Annual report on the Civil Veterinary Department, Burma (including the Insein Veterinary School) - 1910-1922
Year: 1910
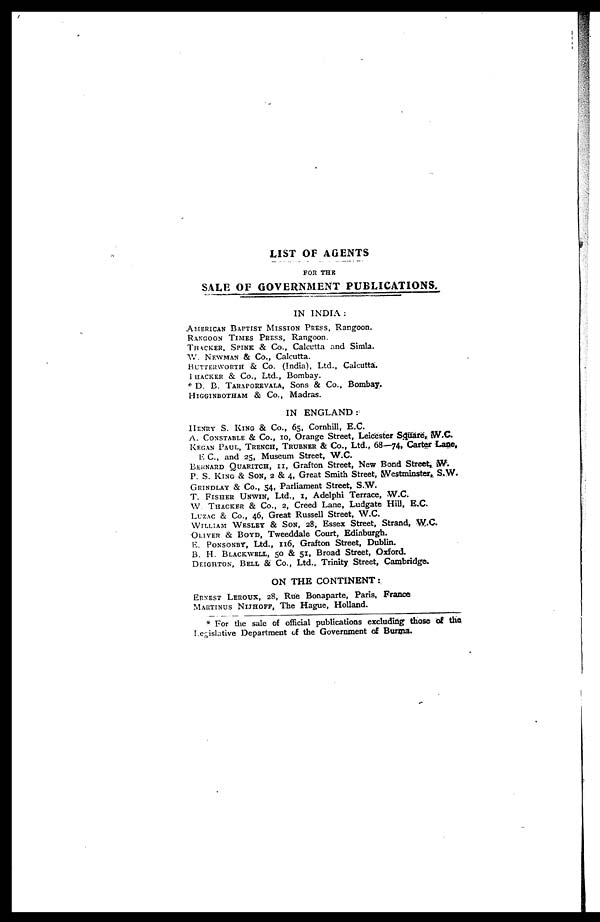
LIST OF AGENTS
FOR THE
SALE OF GOVERNMENT PUBLICATIONS.
IN INDIA:
AMERICAN BAPTIST MISSION PRESS, Rangoon.
RANGOON TIMES PRESS, Rangoon.
THACKER, SPINK & Co., Calcutta and Simla.
W. NEWMAN & Co., Calcutta.
BUTTERWORTH & Co. (India), Ltd., Calcutta.
THACKER & Co., Ltd., Bombay.
* D. B. TARAPOREVALA, Sons & Co., Bombay.
HIGGINBOTHAM & Co., Madras.
IN ENGLAND:
HENRY S. KING & Co., 65, Cornhill, E.C.
A. CONSTABLE & Co., 10, Orange Street, Leicester Square, W.C.
KEGAN PAUL, TRENCH, TRUBNER & Co., Ltd., 68—74, Carter Lane,
E C., and 25, Museum Street, W.C.
BERNARD QUARITCH, 11, Grafton Street, New Bond Street, W.
P. S. KING & SON, 2 & 4, Great Smith Street, Westminster, S.W.
GRINDLAY & Co., 54, Parliament Street, S.W.
T. FISHER UNWIN, Ltd., 1, Adelphi Terrace, W.C.
W. THACKER & Co., 2, Creed Lane, Ludgate Hill, E.C.
LUZAC & Co., 46, Great Russell Street, W.C.
WILLIAM WESLEY & Son, 28, Essex Street, Strand, W.C.
OLIVER & BOYD, Tweeddale Court, Edinburgh.
E. PONSONBY, Ltd., 116, Grafton Street, Dublin.
B. H. BLACKWELL, 50 & 51, Broad Street, Oxford.
DEIGHTON, BELL & Co., Ltd., Trinity Street, Cambridge.
ON THE CONTINENT:
ERNEST LEROUX, 28, Rue Bonaparte, Paris, France MARTINUS NIJHOFF, The Hague, Holland.
* For the sale of official publications excluding those of the Legislative Department of the Government o